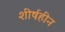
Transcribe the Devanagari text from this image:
शीर्षहीन